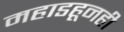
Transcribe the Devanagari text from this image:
महाडहूनही